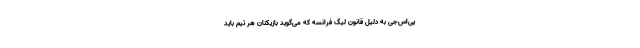
پی‌اس‌جی به‌ دلیل قانون لیگ فرانسه که می‌گوید بازیکنان هر تیم باید